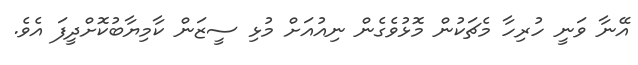
އޭނާ ވަނީ ހުރިހާ މެޗަކުން މޮޅުވެގެން ނިއުއަށް މުޅި ސީޒަން ކާމިޔާބުކޮށްދީފަ އެވެ.